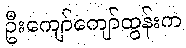
ဦးကျော်ကျော်ထွန်းက